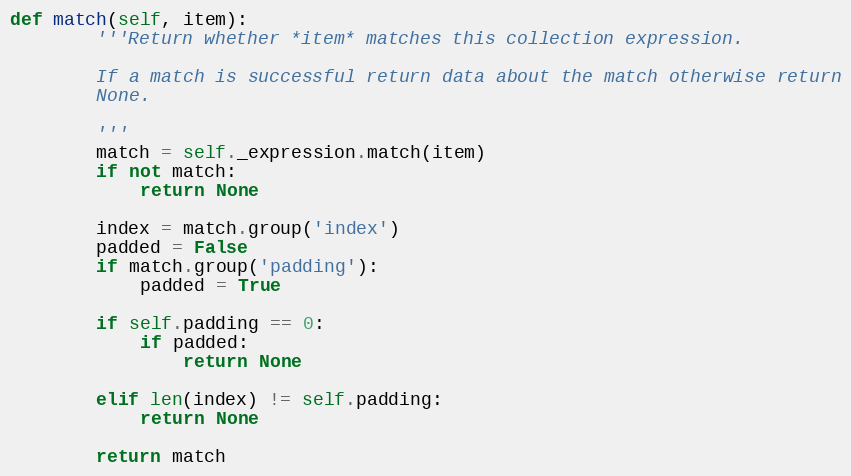
Language: Python
def match(self, item):
        '''Return whether *item* matches this collection expression.

        If a match is successful return data about the match otherwise return
        None.

        '''
        match = self._expression.match(item)
        if not match:
            return None

        index = match.group('index')
        padded = False
        if match.group('padding'):
            padded = True

        if self.padding == 0:
            if padded:
                return None

        elif len(index) != self.padding:
            return None

        return match